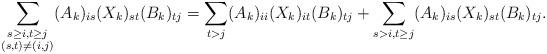
LaTeX: \begin{align*} \sum_{\substack{s \geq i, t \geq j \\ (s,t) \neq (i,j)}} ( A_k )_{is} ( X_k )_{st} ( B_k )_{tj} &= \sum_{t > j} ( A_k )_{ii} ( X_k )_{it} ( B_k )_{tj} + \sum_{\substack{s > i, t \geq j}} ( A_k )_{is} ( X_k )_{st} ( B_k )_{tj}. \end{align*}